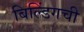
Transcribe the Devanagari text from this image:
बिल्डिंगची